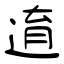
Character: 逳